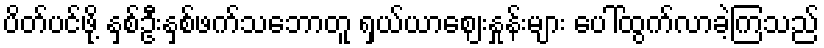
ပိတ်ပင်ဖို့ နှစ်ဦးနှစ်ဖက်သဘောတူ ရှယ်ယာဈေးနှုန်းများ ပေါ်ထွက်လာခဲ့ကြသည်